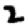
Digit: 2